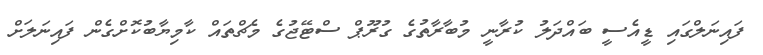
ފައިނަލްގައި ޑީއެސީ ބައްދަލު ކުރާނީ މުބާރާތުގެ ގުރޫޕް ސްޓޭޖުގެ މެޗްތައް ކާމިޔާބުކޮށްގެން ފައިނަލަށް